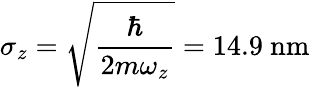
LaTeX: \sigma_{z}=\sqrt{\frac{\hbar}{2m\omega_{z}}}=14.9~\mathrm{{nm}}